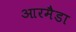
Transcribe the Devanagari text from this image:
आरमैडा